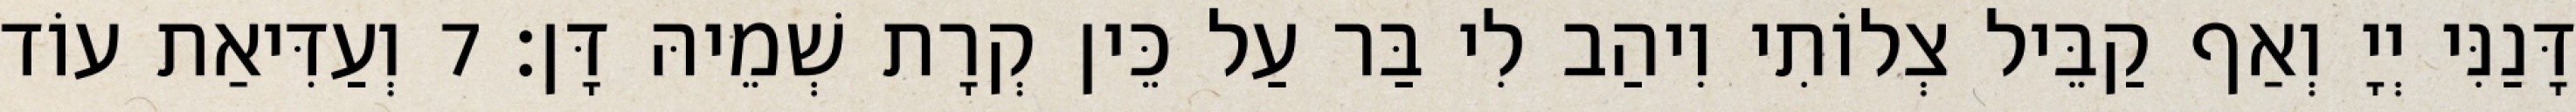
דָּנַנִּי יְיָ וְאַף קַבֵּיל צְלוֹתִי וִיהַב לִי בַּר עַל כֵּין קְרָת שְׁמֵיהּ דָּן׃ 7 וְעַדִּיאַת עוֹד